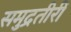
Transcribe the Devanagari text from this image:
समुद्रतीरीं